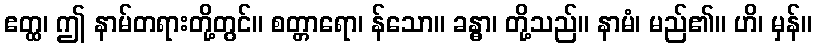
ဧတ္ထ၊ ဤ နာမ်တရားတို့တွင်။ စတ္တာရော၊ န်သော။ ခန္ဓာ၊ တို့သည်။ နာမံ၊ မည်၏။ ဟိ၊ မှန်။